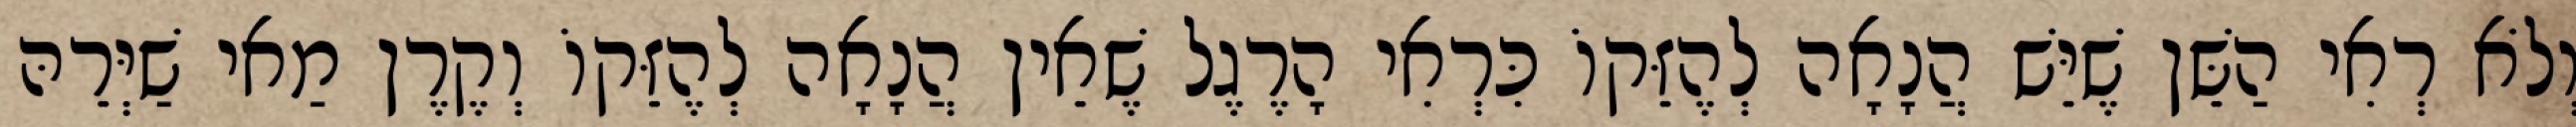
וְלֹא רְאִי הַשֵּׁן שֶׁיֵּשׁ הֲנָאָה לְהֶזֵּקוֹ כִּרְאִי הָרֶגֶל שֶׁאֵין הֲנָאָה לְהֶזֵּקוֹ וְקֶרֶן מַאי שַׁיְּרֵהּ